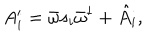
LaTeX: A _ { i } ^ { \prime } = \bar { \omega } s _ { i } \bar { \omega } ^ { \dagger } + \hat { A } _ { i } ,